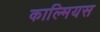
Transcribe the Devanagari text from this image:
काल्मियस